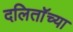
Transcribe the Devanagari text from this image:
दलिताॅच्या